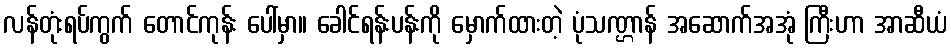
လန်တုံးရပ်ကွက် တောင်ကုန်း ပေါ်မှာ။ ခေါင်ရန်းပန်းကို မှောက်ထားတဲ့ ပုံသဏ္ဌာန် အဆောက်အအုံ ကြီးဟာ အာဆီယံ